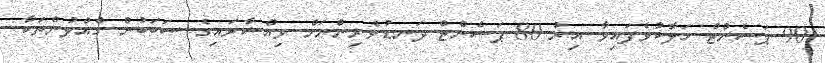
90 ޕަސެންޓް ހަލާކުވެފައިވާ އިރު 80 ޕަސެންޓް ދަނޑުވެރިންނަށް ވިއްސާރައިގެ ސަބަބުން ގެއްލުންތަކާ